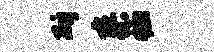
斫寥恤